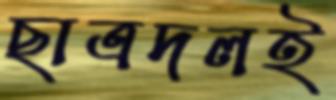
ছাত্রদলই